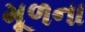
મૂળના